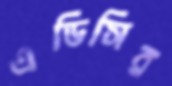
এডিসির